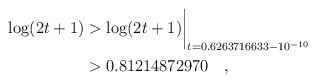
\begin{align*}\log(2t+1) & > \log(2t+1)\biggr\rvert_{t=0.6263716633 - 10^{-10}} \\& > 0.81214872970 \quad, \end{align*}